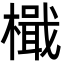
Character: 檝